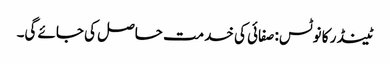
ٹینڈر کا نوٹس: صفائی کی خدمت حاصل کی جائے گی۔